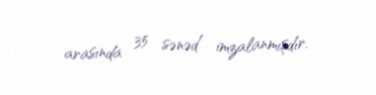
arasında 35 sənəd imzalanmışdır.